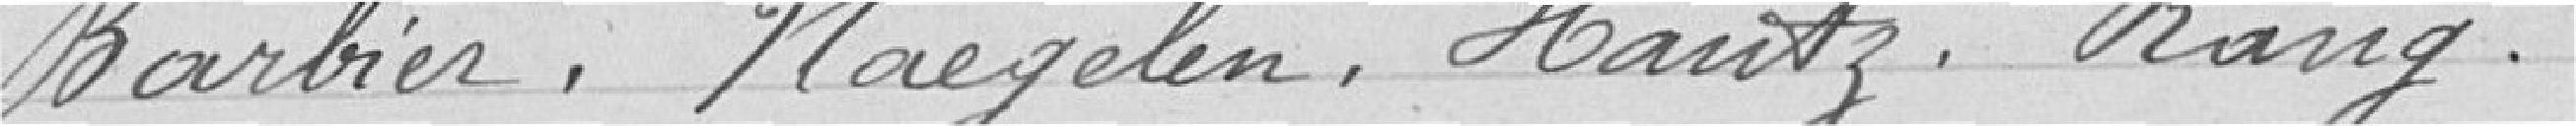
Barbier, Naegelen, Hantz, Rang.